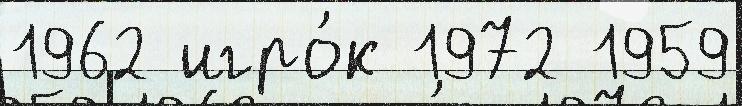
1962 игро́к 1972 1959